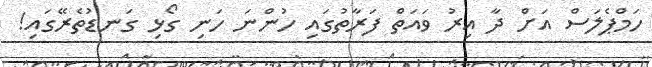
ހަމްޕެލަސް އަށް ދާ އިރު ވައަތް ފަރާތުގައި ހުންނަ ހަނި ގޯޅި ގަނޑުތެރޭގައި!